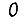
Digit: 0